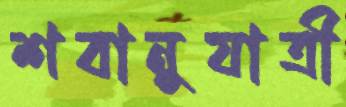
শবানুযাত্রী